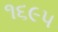
૧૬૯૫